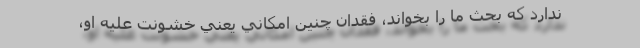
ندارد كه بحث ما را بخواند، فقدان چنين امكاني يعني خشونت عليه او،